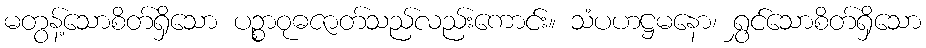
မတွန့်သောစိတ်ရှိသော ပဉ္စာဝုဓဇာတ်သည်လည်းကောင်း။ သံပဟဋ္ဌမနော၊ ရွှင်သောစိတ်ရှိသော